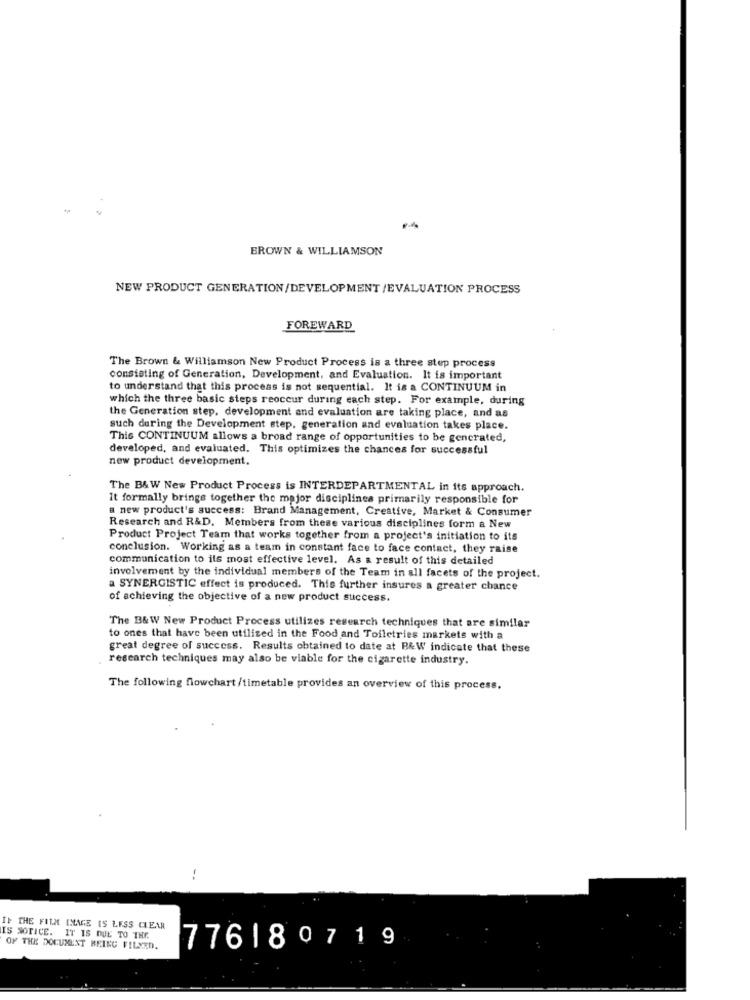
BROWN & WILLIAMSON
NEW PRODUCT GENERATION/DEVELOPMENT /EVALUATION PROCESS
FOREWARD
The Brown & Williamson New Product Process is a three step process
consisting of Generation, Development, and Evaluation. It is important
to understand that this process is not sequential. It is a CONTINUUM in
which the three basic steps reoccur during each step. For example, during
the Generation step, development and evaluation are taking place, and as
such during the Development step, generation and evaluation takes place.
This CONTINUUM allows a broad range of opportunities to be gencrated,
developed, and evaluated. This optimizes the chances for successful
new product development.
The B&W New Product Process is INTERDEPARTMENTAL in its approach.
It formally brings together the major disciplines primarily responsible for
a new product's success: Brand Management, Creative, Market & Consumer
Research and R&D. Members from these various disciplines form a New
Product Project Team that works together from a project's initiation to its
conclusion. Working as a team in constant face to face contact, they raise
communication to its most effective level. As a result of this detailed
involvement by the individual members of the Team in all facets of the project.
a SYNERGISTIC effect is produced. This further insures a greater chance
of achieving the objective of a new product success.
The B&W New Product Process utilizes research techniques that are similar
to ones that have been utilized in the Food and Toiletries markets with a
great degree of success. Results obtained to date at B&W indicate that these
research techniques may also be viable for the cigarette industry.
The following flowchart /timetable provides an overview of this process.
-.
IS SOTICE.
THE FILM IMAGE IS LESS CLEAR
IT IS DUE TO THE.
OF THE DOCUMENT BEING FILMED.
776180719